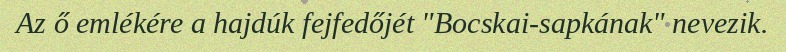
Az ő emlékére a hajdúk fejfedőjét "Bocskai-sapkának" nevezik.